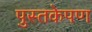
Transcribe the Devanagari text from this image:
पुस्तकेपण